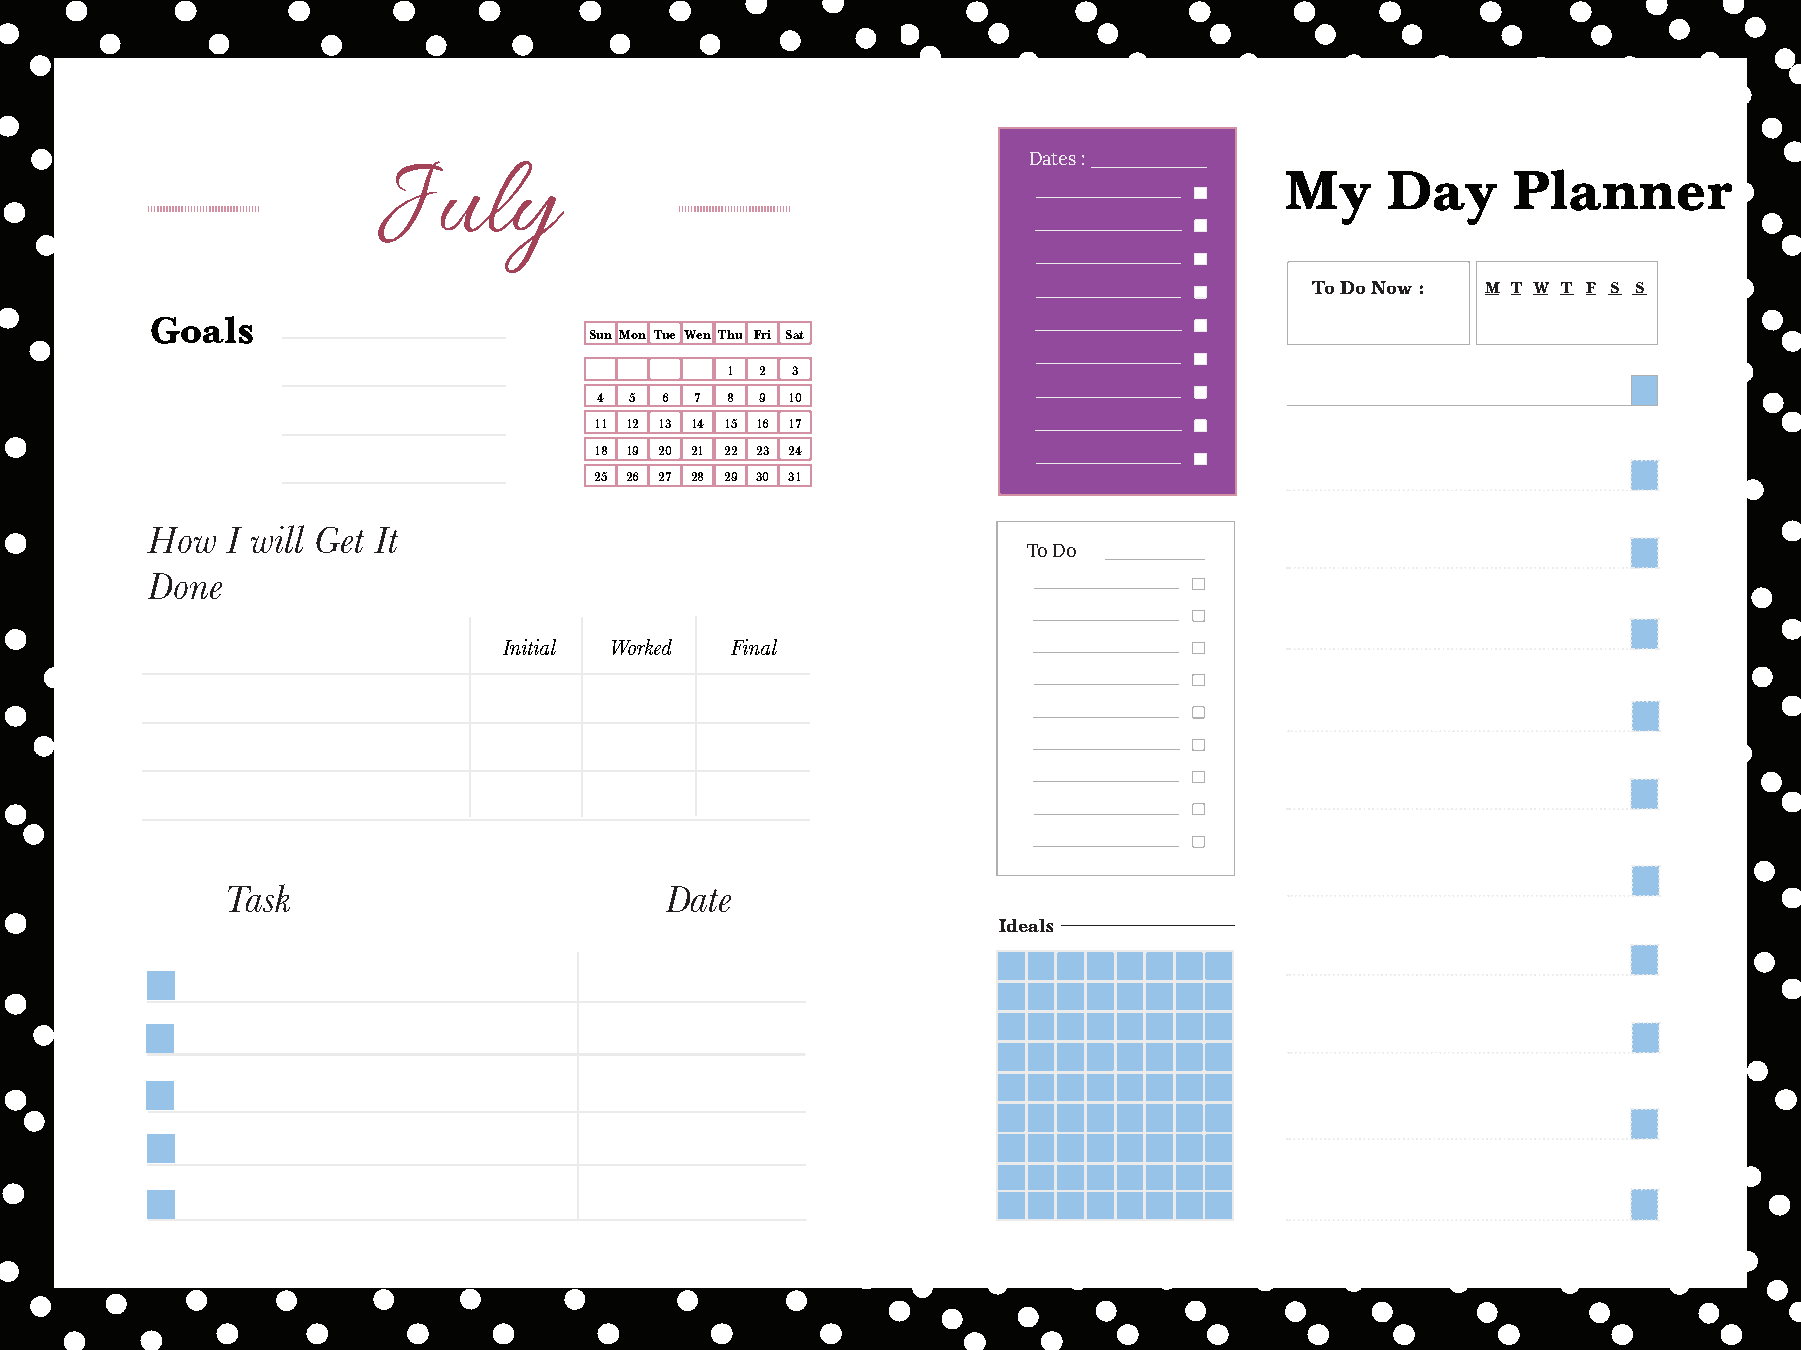
Dates :
 July                                                        My     Day     Planner
 To Do Now : M T W T F S S
 Goals
 Sun Mon Tue Wen Thu Fri Sat
 1 2 3
 4 5 6 7 8 9 10
 11 12 13 14 15 16 17
 18 19 20 21 22 23 24
 25 26 27 28 29 30 31
 How  I will Get It
 To Do
 Done
 Initial Worked Final
 Task                         Date
 Ideals